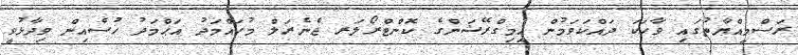
ރަސްމީއްޔާތުގައި ވާހަކަ ދައްކަވަމުން އިމިގްރޭޝަންގެ ކޮންޓްރޯލަރ ޖެނެރަލް މުހައްމަދު އަޙްމަދު ހުސެއިން ވިދާޅުވީ